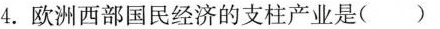
4.欧洲西部国民经济的支柱产业是( )